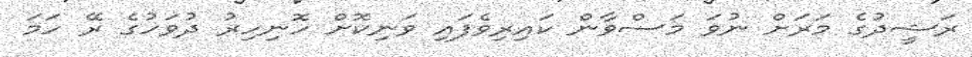
ރަޝީދުގެ މަރަށް ނުވަ މަސްވާން ކައިރިވެފައި ވަނިކޮށް ހޮނިހިރު ދުވަހުގެ ރޭ ހަމަ